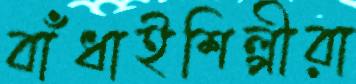
বাঁধাইশিল্পীরা